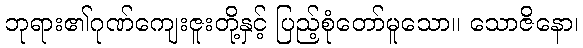
ဘုရား၏ဂုဏ်ကျေးဇူးတို့နှင့် ပြည့်စုံတော်မူသော။ သောဇိနော၊